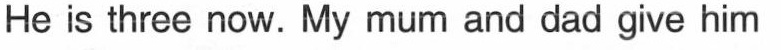
He is three now. My mum and dad give him